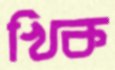
খিক